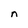
Character: n